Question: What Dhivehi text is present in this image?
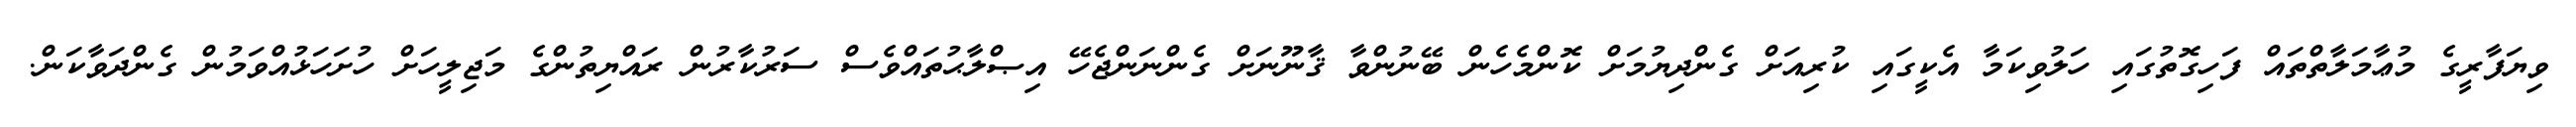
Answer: ވިޔަފާރީގެ މުޢާމަލާތްތައް ފަހިގޮތުގައި ހަލުވިކަމާ އެކީގައި ކުރިއަށް ގެންދިޔުމަށް ކޮންމެހެން ބޭނުންވާ ޤާނޫނަށް ގެންނަންޖެހޭ އިޞްލާޙުތައްވެސް ސަރުކާރުން ރައްޔިތުންގެ މަޖިލީހަށް ހުށަހަޅުއްވަމުން ގެންދަވާކަން.